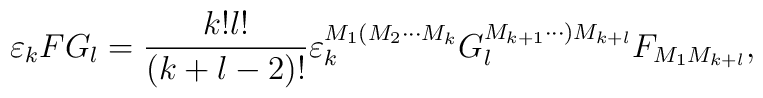
\varepsilon _{k}FG_{l}=\frac{k!l!}{\left( k+l-2\right) !}\varepsilon_{k}^{M_{1}(M_{2}\cdots M_{k}}G_{l}^{M_{k+1}\cdots )M_{k+l}}F_{M_{1}M_{k+l}},